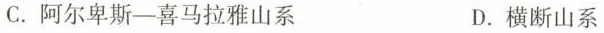
C.阿尔卑斯-喜马拉雅山系 D.横断山系